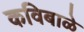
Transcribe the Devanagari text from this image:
कविबाळे